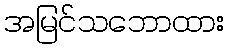
အမြင်သဘောထား